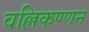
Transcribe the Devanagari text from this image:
वल्लिकण्णन